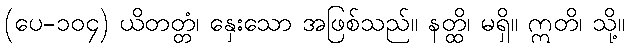
(ပေ-၁၀၄) ယိတတ္တံ၊ နှေးသော အဖြစ်သည်။ နတ္ထိ၊ မရှိ။ ဣတိ၊ သို့။